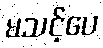
မသင့်ပေ